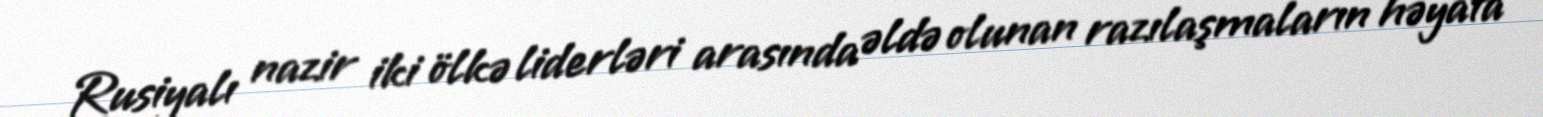
Rusiyalı nazir iki ölkə liderləri arasında əldə olunan razılaşmaların həyata